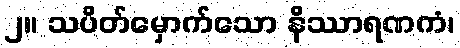
၂။ သပိတ်မှောက်သော နိဿာရဏကံ၊